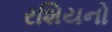
રશિયનો